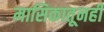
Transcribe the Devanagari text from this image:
मासिकातूनही